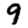
Digit: 9